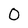
Character: 0